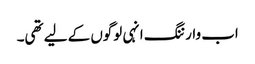
اب وارننگ انہی لوگوں کے لیے تھی۔